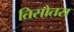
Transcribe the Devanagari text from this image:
तिसोतरा